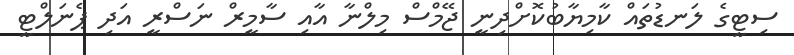
ސިޓީގެ ލަނޑުތައް ކާމިޔާބުކޮށްދިނީ ޖޭމްސް މިލްނާ އާއި ސާމީރް ނަސްރީ އަދި ޕެނަލްޓީ